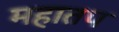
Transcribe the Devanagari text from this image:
महातप